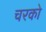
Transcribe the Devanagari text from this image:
चरको